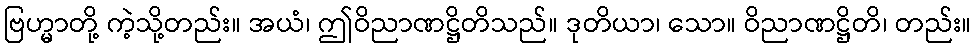
ဗြဟ္မာတို့ ကဲ့သို့တည်း။ အယံ၊ ဤဝိညာဏဋ္ဌိတိသည်။ ဒုတိယာ၊ သော။ ဝိညာဏဋ္ဌိတိ၊ တည်း။